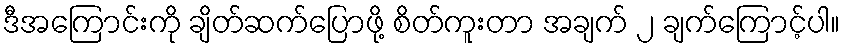
ဒီအကြောင်းကို ချိတ်ဆက်ပြောဖို့ စိတ်ကူးတာ အချက် ၂ ချက်ကြောင့်ပါ။